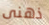
ذهنى